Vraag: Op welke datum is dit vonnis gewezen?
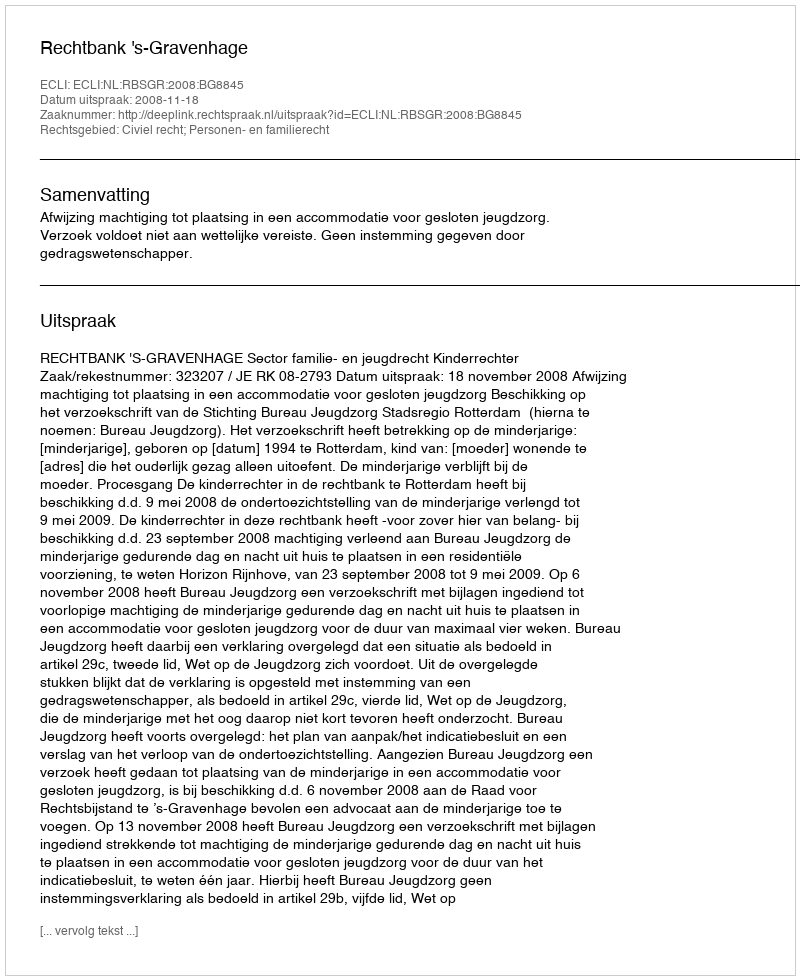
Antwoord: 2008-11-18